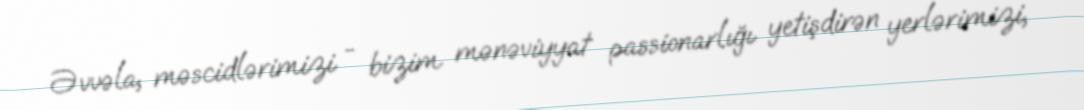
Əvvəla, məscidlərimizi - bizim mənəviyyat passionarlığı yetişdirən yerlərimizi,